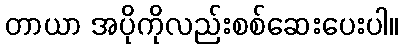
တာယာ အပိုကိုလည်းစစ်ဆေးပေးပါ။